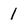
Character: 1